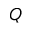
Q